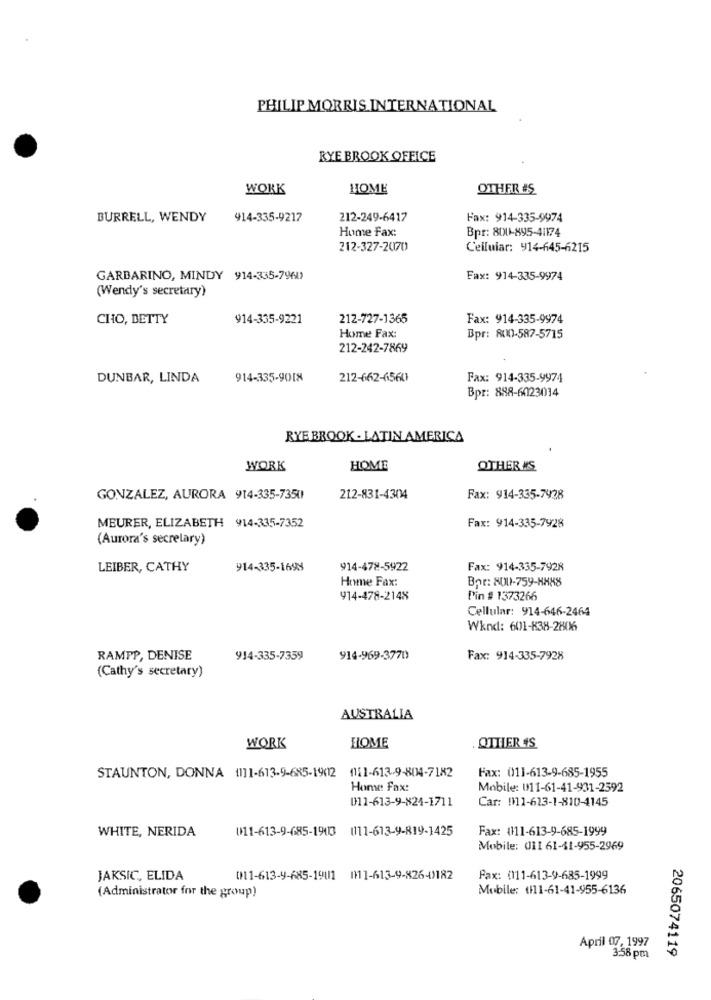
PHILIP MORRIS INTERNATIONAL
RYE BROOK OFFICE
WORK
HOME
OTHER #S
BURRELL, WENDY
414-335-9217
212-249-6417
Fax: 914-335-9974
Hume Fax:
Bpr: 8001-895-41174
212-327-2070
Cellular: 914-645-6215
GARBARINO, MINDY 914-335-7960)
Fax: 914-335-9974
(Wendy's secretary)
CHO, DETTY
914-335-9221
212-727-1365
Fax: 914-335-9974
Home Fax:
Bpr: 800-587-5715
212-242-7869
DUNBAR, LINDA
914-335-9018
212-662-6560
Fax: 914-335-9974
Bpr: 888-6023014
RYE BROOK - LATIN AMERICA
WORK
HOME
OTHER IS
GONZALEZ, AURORA 914-335-7350
212-831-4304
Fax: 914-335-7428
MEURER, ELIZABETH 914-335-7352
Fax: 914-335-7928
(Aurora's secretary)
LEIBER, CATHY
914-335-1698
914-478-5922
Fax: 914-335-7928
Home Fax:
Bor: 8001-759-HH88
914-478-2148
Pin # 1373266
Cellular: 914-646-2464
Wknd: 601-838-2806
RAMPP, DENISE
914-335-7359
914-969-3770
Fax: 914-335-7928
(Cathy's secretary)
AUSTRALIA
WORK
HOME
OTHER 4S
Fax: 011-613-9-685-1955
STAUNTON, DONNA (111-613-9-685-19012 1111-613-9-804-7182
Home Fax:
Mobile: 011-61-41-931-2592
011-613-9-824-1711
Car: 1111-623-1-810-4145
WHITE, NERIDA
011-613-9-685-1903 0111-613-9-819-1425
Fax: (111-613-9-685-1999
Mobile: 011 61-41-955-2969
JAKSIC, ELIDA
(11-613-4-685-1901 011-613-9-826-4)182
Fax: (111-613-9-685-1999
Mobile: (111-61-41-955-6136
(Administrator for the group)
April 07, 1997
2065074119
3:58 pm